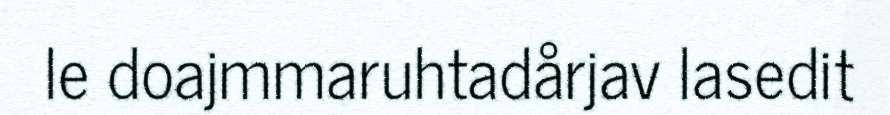
le doajmmaruhtadårjav lasedit